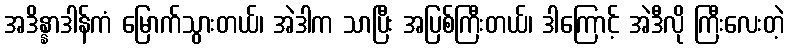
အဒိန္နာဒါန်ကံ မြောက်သွားတယ်၊ အဲဒါက သာပြီး အပြစ်ကြီးတယ်၊ ဒါကြောင့် အဲဒီလို ကြီးလေးတဲ့